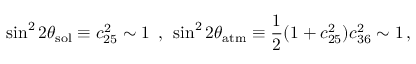
\sin ^ { 2 } 2 \theta _ { \mathrm { s o l } } \equiv c _ { 2 5 } ^ { 2 } \sim 1 \; \, , \, \; \sin ^ { 2 } 2 \theta _ { \mathrm { a t m } } \equiv \frac { 1 } { 2 } ( 1 + c _ { 2 5 } ^ { 2 } ) c _ { 3 6 } ^ { 2 } \sim 1 \, ,